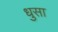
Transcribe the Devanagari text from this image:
धुसा